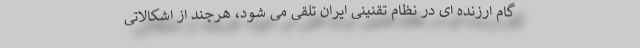
گام ارزنده ای در نظام تقنینی ایران تلقی می شود، هرچند از اشکالاتی